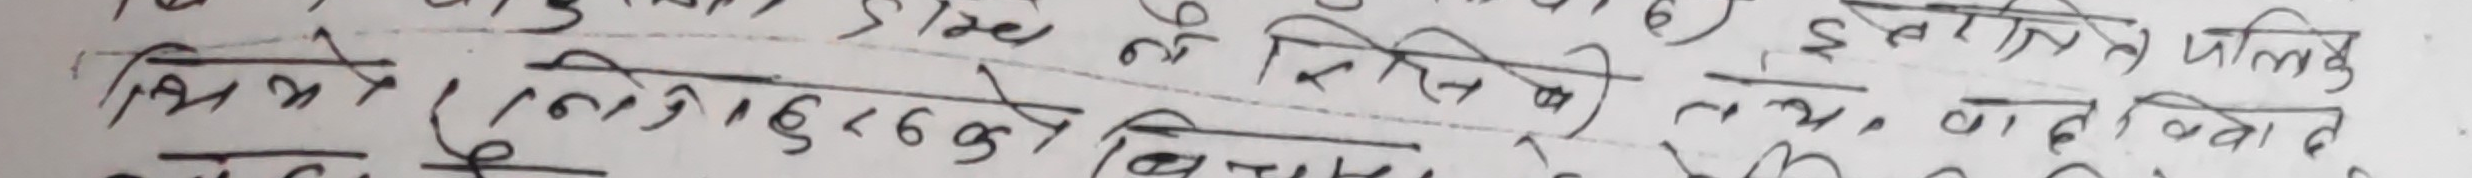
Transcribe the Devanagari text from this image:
सिभ्मे १ / (१) १८-६-६५ वि० सिर्षक र सिंह अथवा वाल विवाहेत